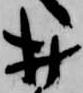
村